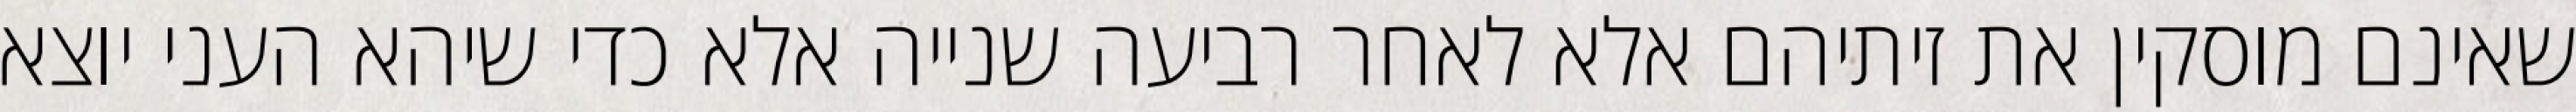
שאינם מוסקין את זיתיהם אלא לאחר רביעה שנייה אלא כדי שיהא העני יוצא